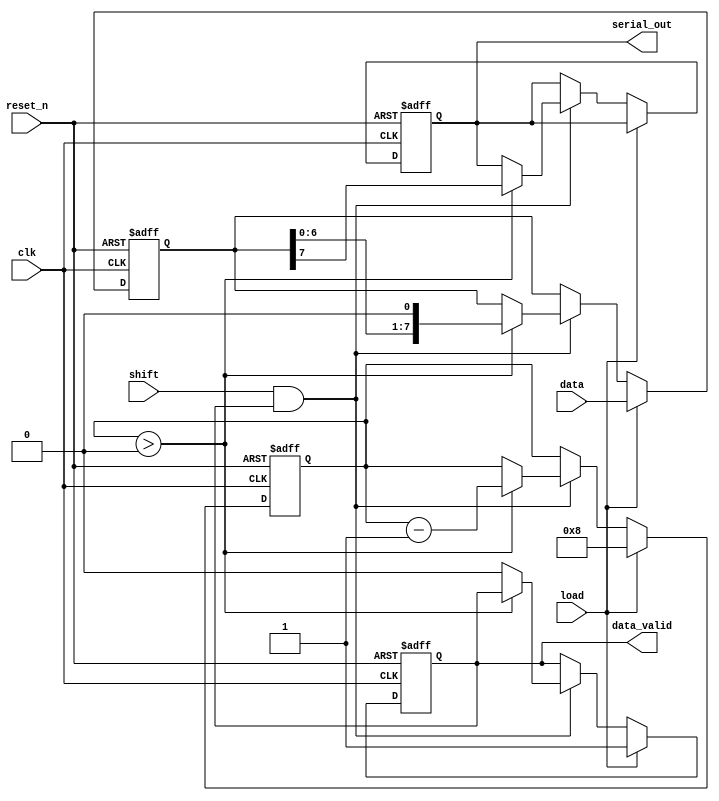
module PISO_Register #(
    parameter N = 8 // Parameter for the width of the register
)(
    input wire clk,          // Clock input
    input wire reset_n,      // Active low reset
    input wire load,         // Load control signal
    input wire shift,        // Shift control signal
    input wire [N-1:0] data, // Parallel input data
    output reg serial_out,    // Serial output
    output reg data_valid      // Signal indicates valid output data
);

    reg [N-1:0] input_reg;    // Input register to hold parallel data
    reg [N-1:0] shift_reg;     // Shift register for shifting operation
    reg [3:0] bit_counter;      // Counter to track the number of bits shifted out

    always @(posedge clk or negedge reset_n) begin
        if (!reset_n) begin
            // Reset state
            input_reg <= 0;
            shift_reg <= 0;
            serial_out <= 0;
            data_valid <= 0;
            bit_counter <= 0;
        end else begin
            if (load) begin
                // Load data into input register on load signal
                input_reg <= data;
                shift_reg <= data;   // Initialize shift register with input data
                bit_counter <= N;     // Set bit counter to the width of the register
                data_valid <= 1;      // Indicate that data is valid for output
            end else if (shift && data_valid) begin
                // Shift data out serially
                if (bit_counter > 0) begin
                    serial_out <= shift_reg[N-1]; // Output MSB of shift register
                    shift_reg <= shift_reg << 1;  // Shift left
                    bit_counter <= bit_counter - 1; // Decrement bit counter
                end else begin
                    // Reset valid signal when all bits have been shifted out
                    data_valid <= 0;
                end
            end
        end
    end
endmodule